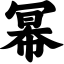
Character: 幂